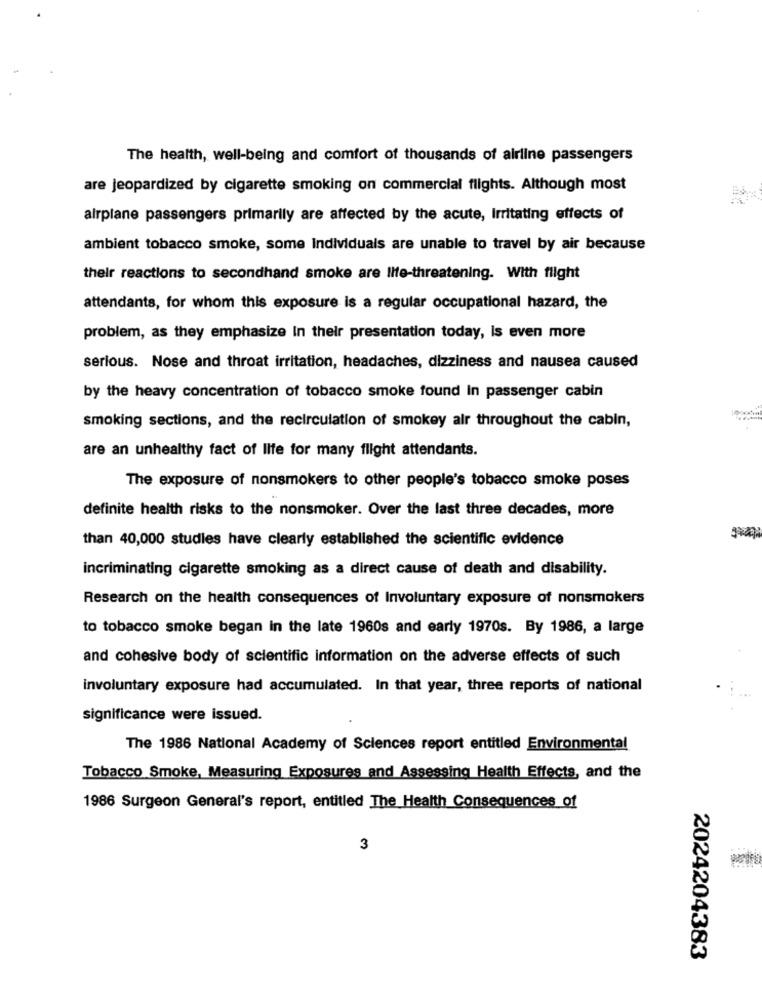
The health, well-being and comfort of thousands of airline passengers
are jeopardized by cigarette smoking on commercial flights. Although most
airplane passengers primarily are affected by the acute, Irritating effects of
ambient tobacco smoke, some Individuals are unable to travel by air because
their reactions to secondhand smoke are Ilte-threatening. With flight
attendants, for whom this exposure is a regular occupational hazard, the
problem, as they emphasize In their presentation today, is even more
serious. Nose and throat irritation, headaches, dizziness and nausea caused
by the heavy concentration of tobacco smoke found In passenger cabin
smoking sections, and the recirculation of smokey air throughout the cabin,
are an unhealthy fact of life for many flight attendants.
The exposure of nonsmokers to other people's tobacco smoke poses
definite health risks to the nonsmoker. Over the last three decades, more
than 40,000 studies have clearly established the scientific evidence
incriminating cigarette smoking as a direct cause of death and disability.
Research on the health consequences of Involuntary exposure of nonsmokers
to tobacco smoke began In the late 1960s and early 1970s. By 1986, a large
and cohesive body of scientific information on the adverse effects of such
involuntary exposure had accumulated. In that year, three reports of national
significance were issued.
The 1986 National Academy of Sciences report entitled Environmental
Tobacco Smoke, Measuring Exposures and Assessing Health Effects, and the
1986 Surgeon General's report, entitled The Health Consequences of
3
2024204383